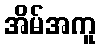
အိမ်အကူ